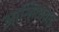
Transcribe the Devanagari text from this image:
आन्हिलवाड़